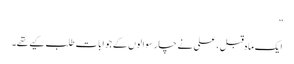
”
ایک ماہ قبل ، علی نے چار سوالوں کے جوابات طلب کیے تھے۔